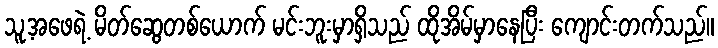
သူ့အဖေရဲ့ မိတ်ဆွေတစ်ယောက် မင်းဘူးမှာရှိသည် ထိုအိမ်မှာနေပြီး ကျောင်းတက်သည်။